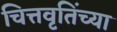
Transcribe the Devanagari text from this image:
चित्तवृतिंच्या